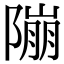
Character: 𨻱